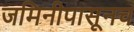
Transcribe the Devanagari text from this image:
जमिनीपासूनच